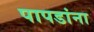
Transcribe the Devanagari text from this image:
पापडांना